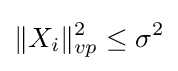
\|X_{i}\|_{vp}^{2}\leq \sigma ^{2}